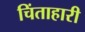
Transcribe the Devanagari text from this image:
चिंताहारी